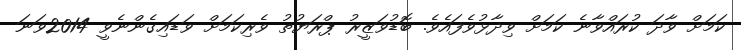
ކަމަށް ވާދަ ކުރައްވާނެ ކަމަށް ވިދާޅުވެފައެވެ. ބޮޑުވަޒީރު ޕްރަޔުތު ވެރިކަމަށް ވަޑައިގެންނެވީ 2014ވަނަ